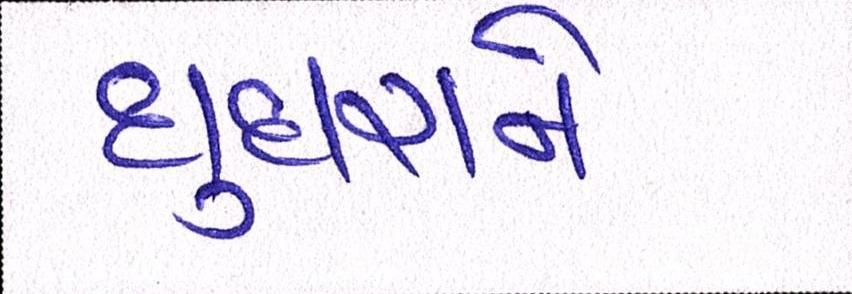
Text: ઘુઘરાને